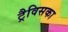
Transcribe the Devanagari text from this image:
ट्रैविसका